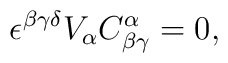
\epsilon ^{\beta \gamma \delta }V_\alpha C_{\beta \gamma }^\alpha =0,